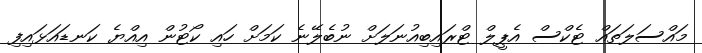
މައްސަލަތައް ޓެކްސް އެޕީލް ޓްރައިބިއުނަލަށް ނުބެލޭނެ ކަމަށް ހައި ކޯޓުން އިއްޔެ ކަނޑައަޅައިފި